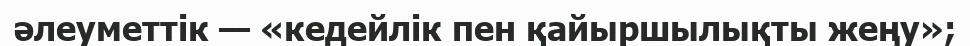
әлеуметтік — «кедейлік пен қайыршылықты жеңу»;